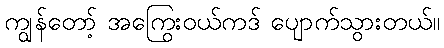
ကျွန်တော့် အကြွေးဝယ်ကဒ် ပျောက်သွားတယ်။